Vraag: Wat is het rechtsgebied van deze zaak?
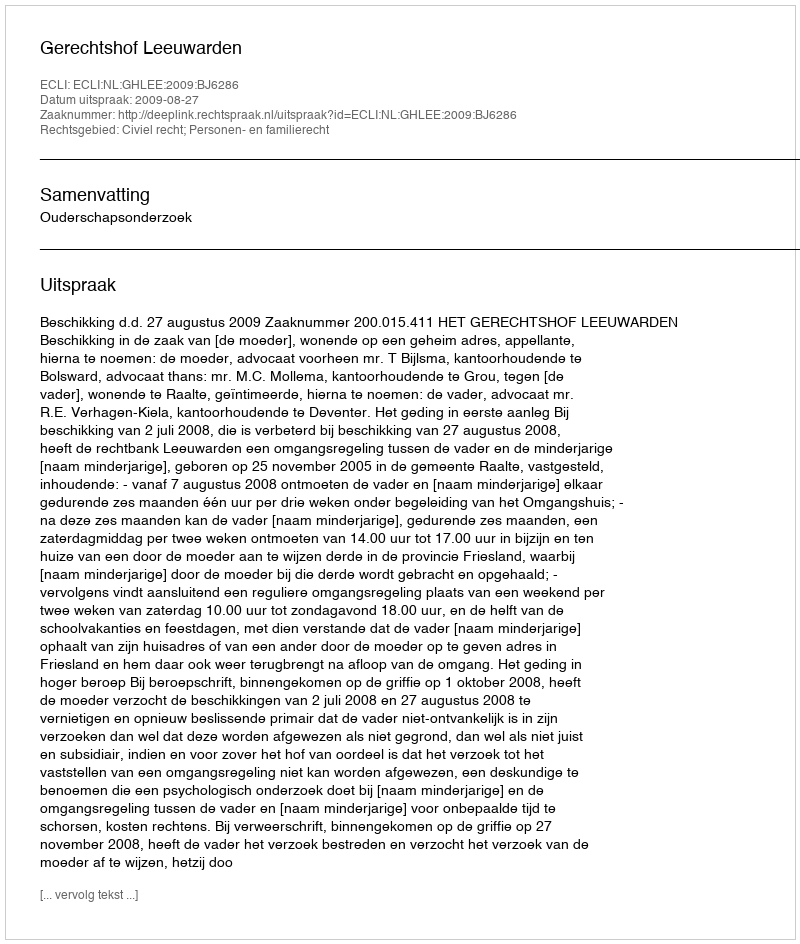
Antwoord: Civiel recht; Personen- en familierecht